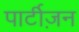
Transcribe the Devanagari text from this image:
पार्टीज़न